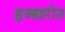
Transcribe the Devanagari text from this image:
हुआइरोउ